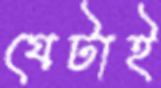
যেটাই